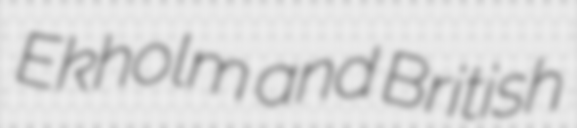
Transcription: Ekholm and British